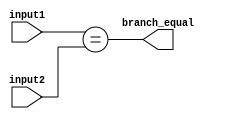
module branch_equal (
    input[31:0] input1,
    input[31:0] input2,
    output reg  branch_equal
);
initial begin
    branch_equal <= 0;
end
always @(*) begin
    branch_equal <= (input1 == input2);
end
endmodule